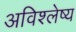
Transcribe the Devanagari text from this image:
अविश्लेष्य